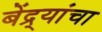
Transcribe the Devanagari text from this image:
बेंद्र्यांचा